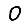
Digit: 0